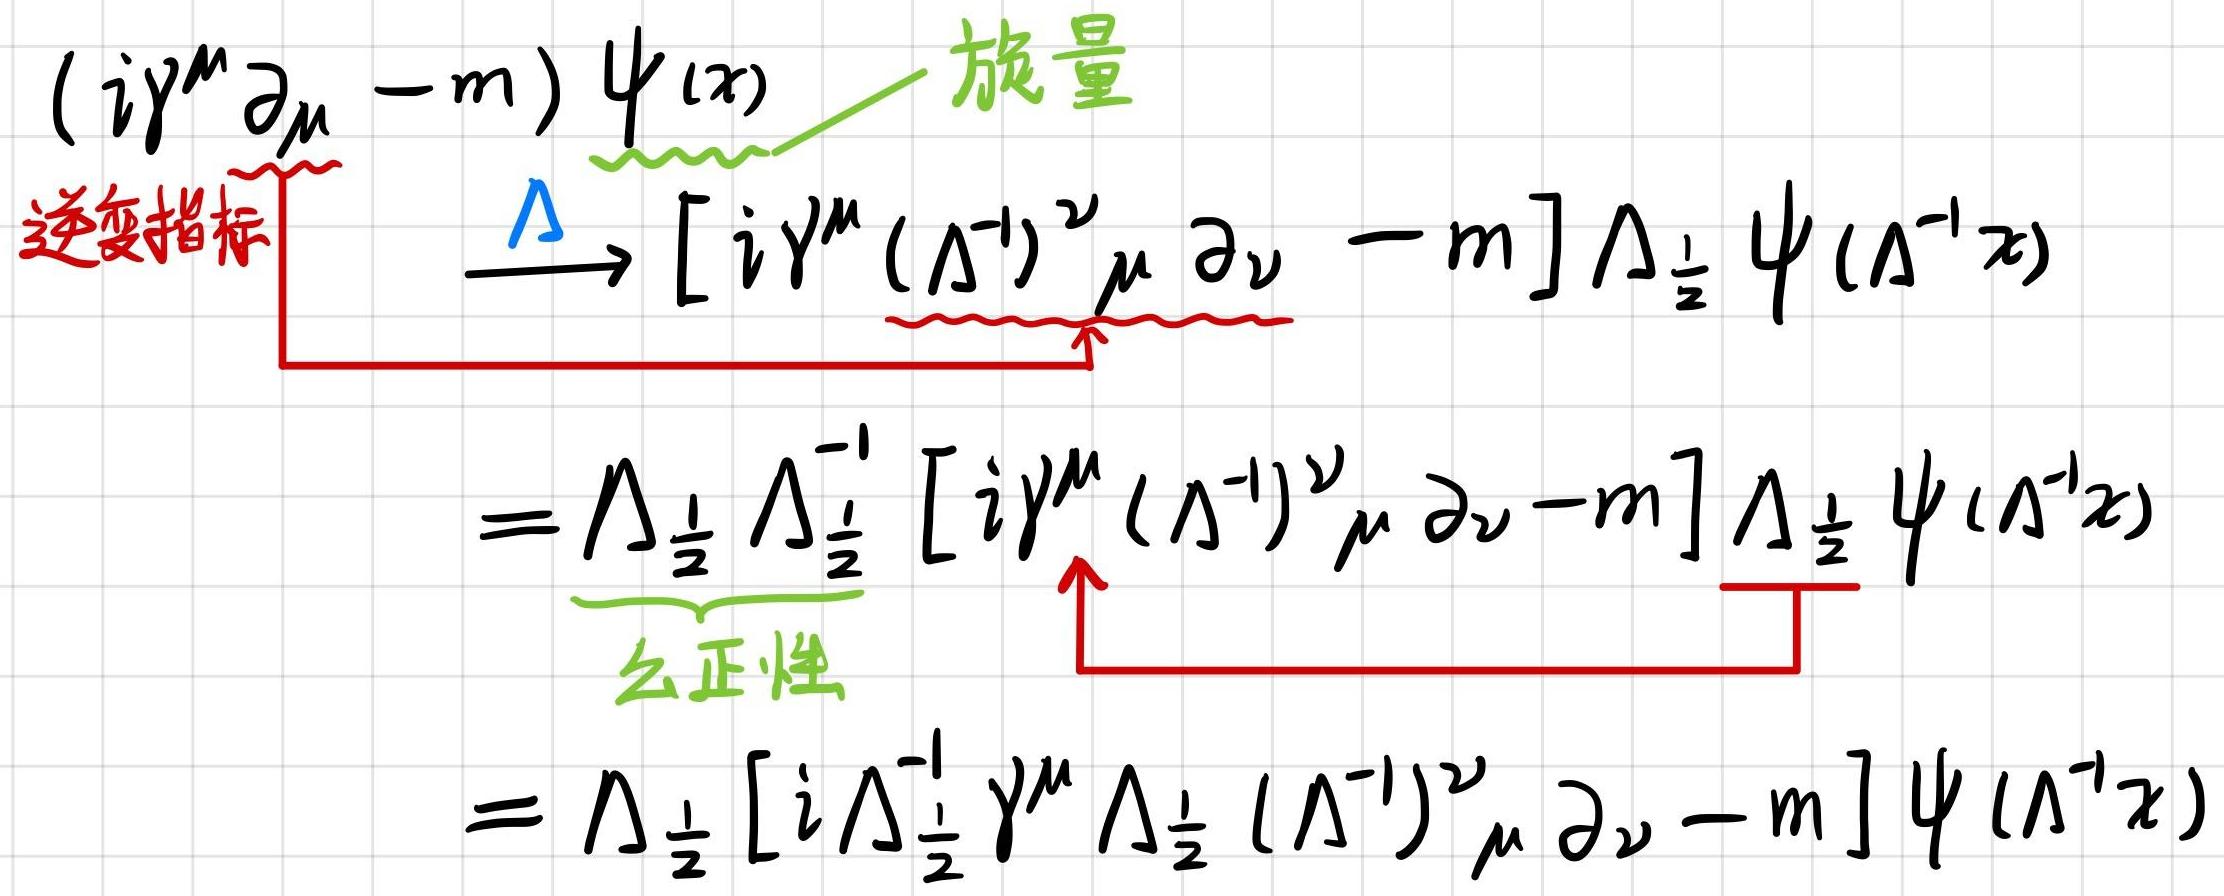
\[
\begin{align*}
(i\gamma^{\mu}\partial_{\mu}-m)\psi(x)&\xrightarrow{\Lambda}[i\gamma^{\mu}(\Lambda^{-1})^{\nu}_{\mu}\partial_{\nu}-m]\Lambda_{\frac{1}{2}}\psi(\Lambda^{-1}x)\\
&=\Lambda_{\frac{1}{2}}\Lambda_{\frac{1}{2}}^{-1}[i\gamma^{\mu}(\Lambda^{-1})^{\nu}_{\mu}\partial_{\nu}-m]\Lambda_{\frac{1}{2}}\psi(\Lambda^{-1}x)\\
&=\Lambda_{\frac{1}{2}}[i\Lambda_{\frac{1}{2}}^{-1}\gamma^{\mu}\Lambda_{\frac{1}{2}}(\Lambda^{-1})^{\nu}_{\mu}\partial_{\nu}-m]\psi(\Lambda^{-1}x)
\end{align*}
\]